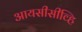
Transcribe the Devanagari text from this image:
आयसीसीव्हि